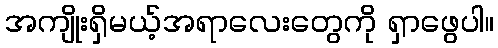
အကျိုးရှိမယ့်အရာလေးတွေကို ရှာဖွေပါ။